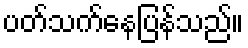
ပတ်သက်နေပြန်သည်။